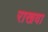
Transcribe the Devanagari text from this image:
राखवा